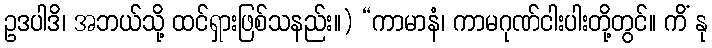
ဥဒပါဒိ၊ အဘယ်သို့ ထင်ရှားဖြစ်သနည်း။) “ကာမာနံ၊ ကာမဂုဏ်ငါးပါးတို့တွင်။ ကိံ နု